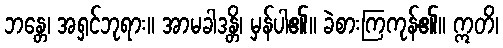
ဘန္တေ၊ အရှင်ဘုရား။ အာမခါဒန္တိ၊ မှန်ပါ၏။ ခဲစားကြကုန်၏။ ဣတိ၊